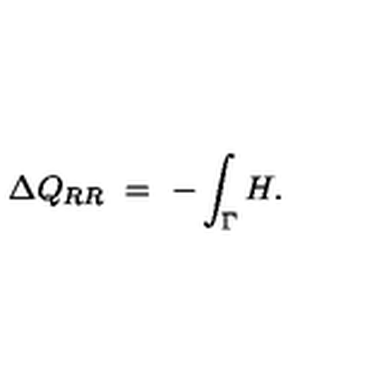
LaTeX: \Delta Q _ { R R } \ = \ - \int _ { \Gamma } H .